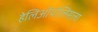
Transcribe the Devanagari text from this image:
हेलिओपोलिसला